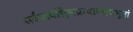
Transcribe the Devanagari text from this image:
सर्वप्रायश्चित्तप्रत्याम्नायभूतां